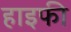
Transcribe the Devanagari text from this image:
हाइफी